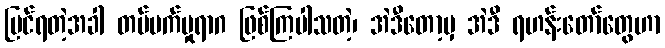
မြင်ရတဲ့အခါ တပ်မက်မှုရာဂ ဖြစ်ကြပါသတဲ့၊ အဲဒီတော့မှ အဲဒီ ရဟန်းတော်တွေဟာ